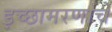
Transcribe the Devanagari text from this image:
इच्छामरणाचे